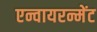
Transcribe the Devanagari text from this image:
एन्वायरन्मेंट